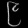
Digit: ၉